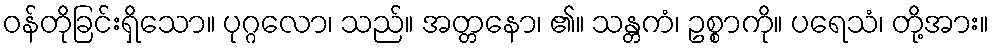
ဝန်တိုခြင်းရှိသော။ ပုဂ္ဂလော၊ သည်။ အတ္တနော၊ ၏။ သန္တကံ၊ ဥစ္စာကို။ ပရေသံ၊ တို့အား။